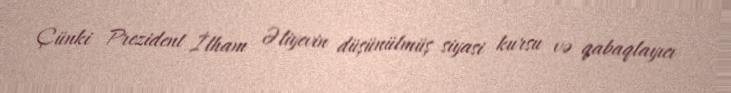
Çünki Prezident İlham Əliyevin düşünülmüş siyasi kursu və qabaqlayıcı